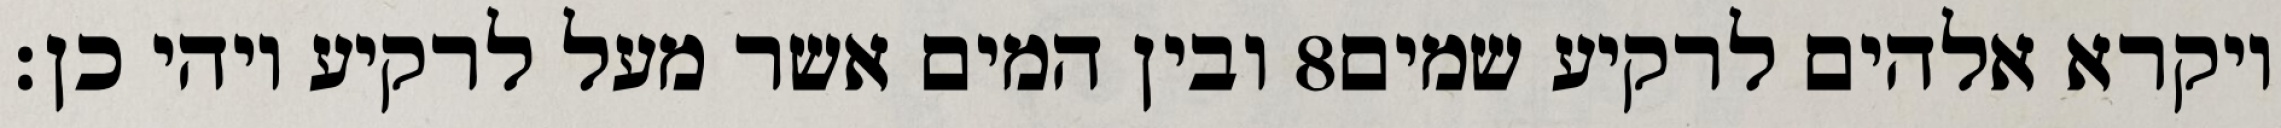
ובין המים אשר מעל לרקיע ויהי כן׃ ‎8‏ ויקרא אלהים לרקיע שמים